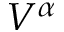
V ^ { \alpha }